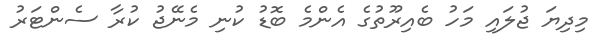
މިދިޔަ ޖުލައި މަހު ބެއިރޫތުގެ އެންމެ ބޮޑު ކުނި މެނޭޖު ކުރާ ސެންޓަރު